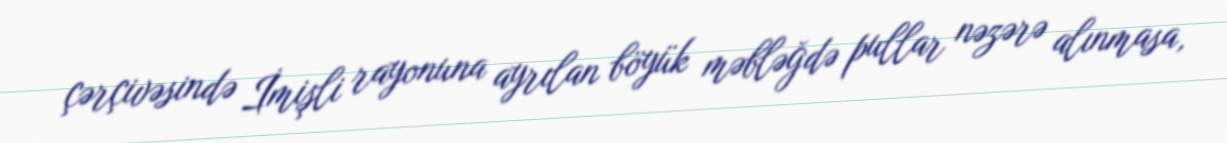
çərçivəsində İmişli rayonuna ayrılan böyük məbləğdə pullar nəzərə alınmasa,